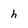
Character: h